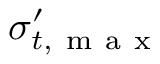
\sigma _ { t , \mathrm { ~ m ~ a ~ x ~ } } ^ { \prime }